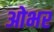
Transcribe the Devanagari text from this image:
ओभर